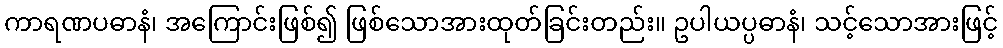
ကာရဏပဓာနံ၊ အကြောင်းဖြစ်၍ ဖြစ်သောအားထုတ်ခြင်းတည်း။ ဥပါယပ္ပဓာနံ၊ သင့်သောအားဖြင့်